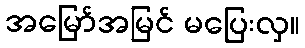
အမြော်အမြင် မပြေးလှ။